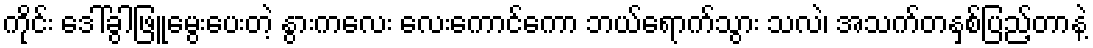
ကိုင်း ဒေါ်ခွါဖြူမွေးပေးတဲ့ နွားကလေး လေးကောင်ကော ဘယ်ရောက်သွား သလဲ၊ အသက်တနှစ်ပြည့်တာနဲ့